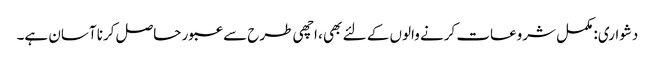
دشواری: مکمل شروعات کرنے والوں کے لئے بھی ، اچھی طرح سے عبور حاصل کرنا آسان ہے۔